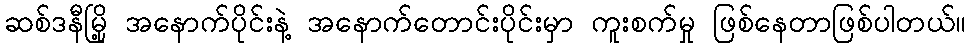
ဆစ်ဒနီမြို့ အနောက်ပိုင်းနဲ့ အနောက်တောင်းပိုင်းမှာ ကူးစက်မှု ဖြစ်နေတာဖြစ်ပါတယ်။